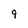
Character: 9